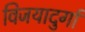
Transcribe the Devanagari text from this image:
विजयादुर्गा